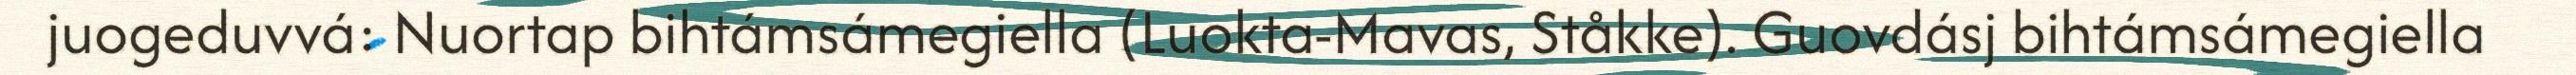
juogeduvvá: Nuortap bihtámsámegiella (Luokta-Mavas, Ståkke). Guovdásj bihtámsámegiella